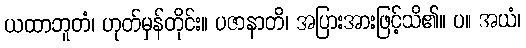
ယထာဘူတံ၊ ဟုတ်မှန်တိုင်း။ ပဇာနာတိ၊ အပြားအားဖြင့်သိ၏။ ပ။ အယံ၊